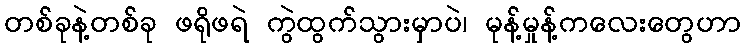
တစ်ခုနဲ့တစ်ခု ဖရိုဖရဲ ကွဲထွက်သွားမှာပဲ၊ မုန့်မှုန့်ကလေးတွေဟာ